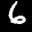
Label: 6